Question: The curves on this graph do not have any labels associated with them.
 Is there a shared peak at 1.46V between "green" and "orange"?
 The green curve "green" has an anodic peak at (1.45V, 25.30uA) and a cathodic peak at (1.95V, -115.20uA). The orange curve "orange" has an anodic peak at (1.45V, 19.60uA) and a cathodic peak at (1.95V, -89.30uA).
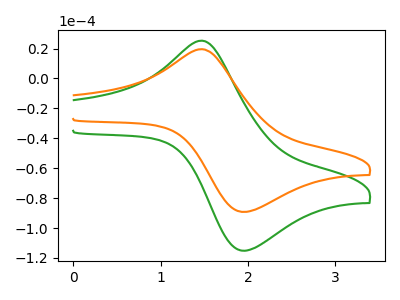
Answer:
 <answer>Yes, "green" and "orange" share a peak at 1.46V.</answer>
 <eval>match</eval>